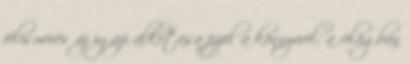
felismerés az igazi alkotása ezzel a könnyvvel, a világban